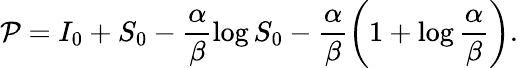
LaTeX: \mathcal{P}=I_{0}+S_{0}-\frac{\alpha}{\beta}\log S_{0}-\frac{\alpha}{\beta}\left(1+\log\frac{\alpha}{\beta}\right).